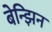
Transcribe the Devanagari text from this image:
बेन्झिन